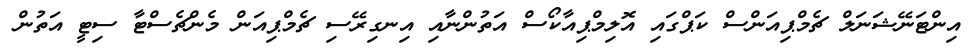
އިންޓަނޭޝަނަލް ޗެމްޕިއަންސް ކަޕްގައި އޮލިމްޕިއާކޯސް އަތުންނާއި އިނގިރޭސި ޗެމްޕިއަން މެންޗެސްޓާ ސިޓީ އަތުން